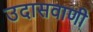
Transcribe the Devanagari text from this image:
उदासवाणी